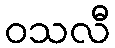
ဝသလီ